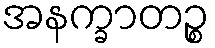
အနက္ခာတဉ္စ